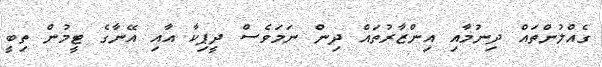
ގެއްލުންތައް ދިނުމާއި އިންޒާރުތައް ދިން ނަމަވެސް ދީޕިކާ އާއި އޭނާގެ ޓީމުން ތިބީ